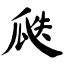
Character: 瓞